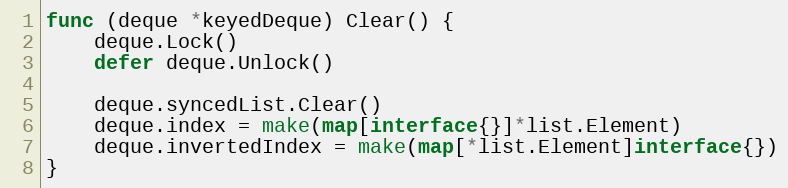
Language: Go
func (deque *keyedDeque) Clear() {
	deque.Lock()
	defer deque.Unlock()

	deque.syncedList.Clear()
	deque.index = make(map[interface{}]*list.Element)
	deque.invertedIndex = make(map[*list.Element]interface{})
}